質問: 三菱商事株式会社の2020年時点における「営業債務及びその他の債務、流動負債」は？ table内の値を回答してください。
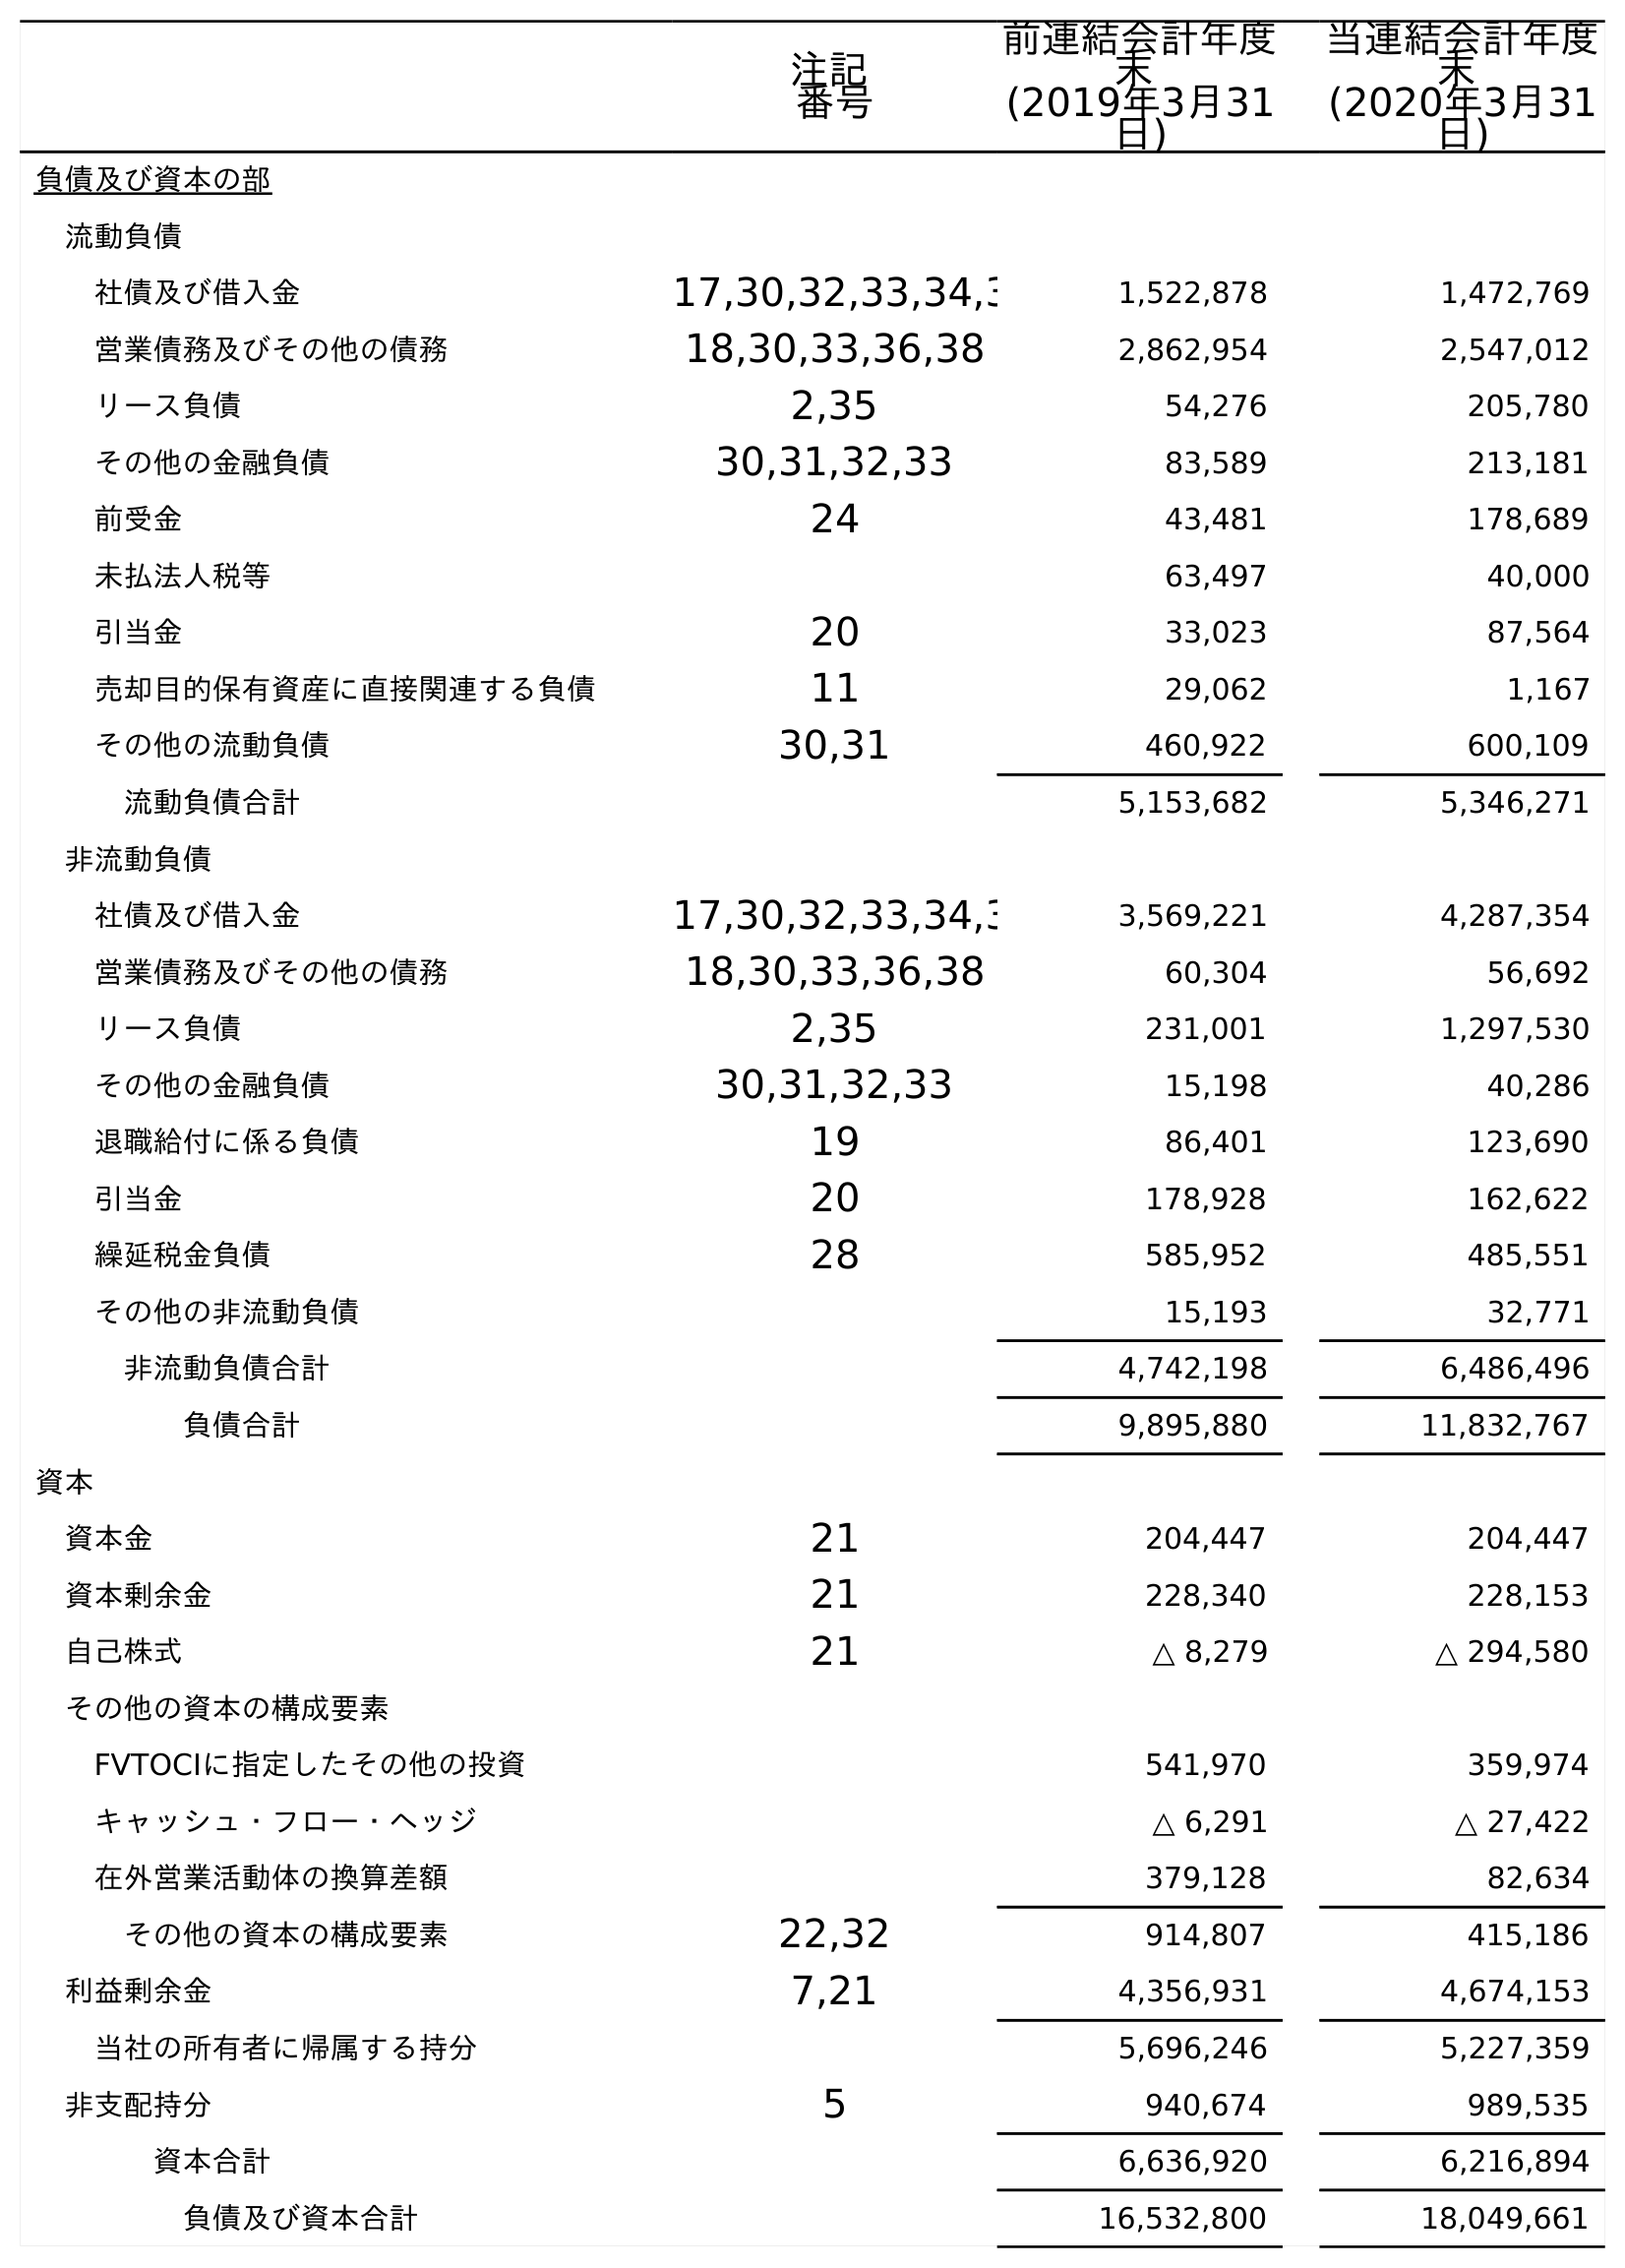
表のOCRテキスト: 注記 番号 前連結会計年度 末 (2019年3月31 日) 当連結会計年度 末 (2020年3月31 日) 負債及び資本の部 流動負債 社債及び借入金 17,30,32,33,34,3 1,522,878 1,472,769 営業債務及びその他の債務 18,30,33,36,38 2,862,954 2,547,012 リース負債 2,35 54,276 205,780 その他の金融負債 30,31,32,33 83,589 213,181 前受金 24 43,481 178,689 未払法人税等 63,497 40,000 引当金 20 33,023 87,564 売却目的保有資産に直接関連する負債 11 29,062 1,167 その他の流動負債 30,31 460,922 600,109 流動負債合計 5,153,682 5,346,271 非流動負債 社債及び借入金 17,30,32,33,34,3 3,569,221 4,287,354 営業債務及びその他の債務 18,30,33,36,38 60,304 56,692 リース負債 2,35 231,001 1,297,530 その他の金融負債 30,31,32,33 15,198 40,286 退職給付に係る負債 19 86,401 123,690 引当金 20 178,928 162,622 繰延税金負債 28 585,952 485,551 その他の非流動負債 15,193 32,771 非流動負債合計 4,742,198 6,486,496 負債合計 9,895,880 11,832,767 資本 資本金 21 204,447 204,447 資本剰余金 21 228,340 228,153 自己株式 21 △ 8,279 △ 294,580 その他の資本の構成要素 FVTOCIに指定したその他の投資 541,970 359,974 キャッシュ・フロー・ヘッジ △ 6,291 △ 27,422 在外営業活動体の換算差額 379,128 82,634 その他の資本の構成要素 22,32 914,807 415,186 利益剰余金 7,21 4,356,931 4,674,153 当社の所有者に帰属する持分 5,696,246 5,227,359 非支配持分 5 940,674 989,535 資本合計 6,636,920 6,216,894 負債及び資本合計 16,532,800 18,049,661
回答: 2,547,012